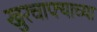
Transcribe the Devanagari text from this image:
खुरचाफ्याच्या